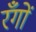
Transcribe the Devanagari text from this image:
रँगों